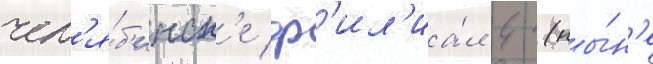
чел'я́б'инск'е ф'ил'иа́л 4 (ны́н'е